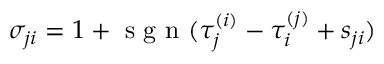
\begin{array} { r } { \sigma _ { j i } = 1 + \mathrm { ~ s ~ g ~ n ~ } ( \tau _ { j } ^ { ( i ) } - \tau _ { i } ^ { ( j ) } + s _ { j i } ) \, } \end{array}